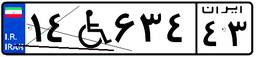
۱۴W۶۳۴۴۳